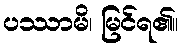
ပဿာမိ၊ မြင်ရ၏။